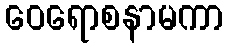
ဝေရောစနာမကာ